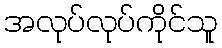
အလုပ်လုပ်ကိုင်သူ